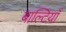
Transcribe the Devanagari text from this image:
बाल्टियाँ